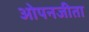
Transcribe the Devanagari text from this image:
ओपनजीता